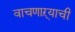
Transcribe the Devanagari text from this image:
वाचणाऱ्याची